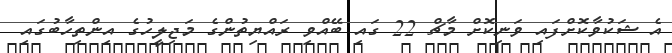
އެ ޝަކުވާކޮށްފައި ވަނިކޮށް މާޗް 22 ގައި ބޭއްވި ރައްޔިތުންގެ މަޖިލީހުގެ އިންތިހާބުގައި